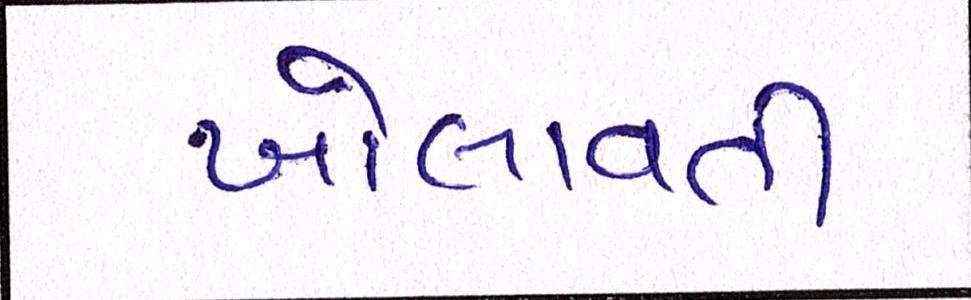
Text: ખોલાવતી